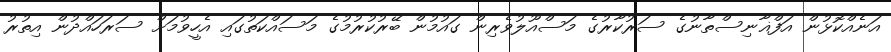
އަނެއްކޮޅުން އަފްޣާނިސްތާނުގެ ސަރުކާރުގެ މަސްއޫލުވެރިން ގައުމުން ބޭރުކުރުމުގެ މަސައްކަތުގައި އެހީވުމަށް ސަރަހައްދުން އިތުރު